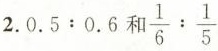
2.0.5:0.6和 \frac{1}{6}: \frac{1}{5}